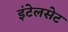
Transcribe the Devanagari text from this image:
इंटेलसेट